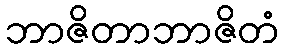
ဘာဇိတာဘာဇိတံ